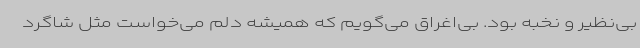
بی‌نظیر و نخبه بود. بی‌اغراق می‌گویم که همیشه دلم می‌خواست مثل شاگرد